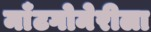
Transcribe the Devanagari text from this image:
माँटगोमेरीला